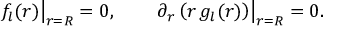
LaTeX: \left. f _ { l } ( r ) \right| _ { r = R } = 0 , \qquad \left. \partial _ { r } \left( r \, g _ { l } ( r ) \right) \right| _ { r = R } = 0 .